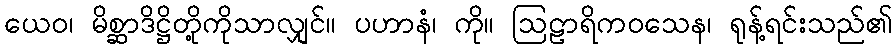
ယေဝ၊ မိစ္ဆာဒိဋ္ဌိတို့ကိုသာလျှင်။ ပဟာနံ၊ ကို။ ဩဠာရိကဝသေန၊ ရုန့်ရင်းသည်၏